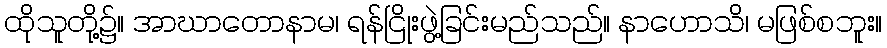
ထိုသူတို့၌။ အာဃာတောနာမ၊ ရန်ငြိုးဖွဲ့ခြင်းမည်သည်။ နာဟောသိ၊ မဖြစ်စဘူး။